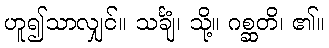
ဟူ၍သာလျှင်။ သင်္ချံ၊ သို့။ ဂစ္ဆတိ၊ ၏။